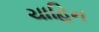
ચાહિન